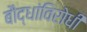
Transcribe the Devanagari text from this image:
बौद्धांविरोधी